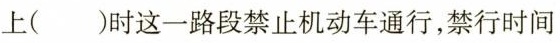
上( )时这一路段禁止机动车通行，禁行时间